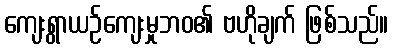
ကျေးရွာယဉ်ကျေးမှုဘဝ၏ ဗဟိုချက် ဖြစ်သည်။